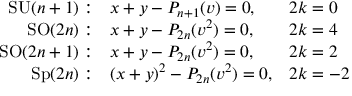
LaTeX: \begin{array} { r l l } { { \mathrm { S U } ( n + 1 ) : } } & { { x + y - P _ { n + 1 } ( v ) = 0 , } } & { { 2 k = 0 } } \\ { { \mathrm { S O } ( 2 n ) : } } & { { x + y - P _ { 2 n } ( v ^ { 2 } ) = 0 , } } & { { 2 k = 4 } } \\ { { \mathrm { S O } ( 2 n + 1 ) : } } & { { x + y - P _ { 2 n } ( v ^ { 2 } ) = 0 , } } & { { 2 k = 2 } } \\ { { \mathrm { S p } ( 2 n ) : } } & { { ( x + y ) ^ { 2 } - P _ { 2 n } ( v ^ { 2 } ) = 0 , } } & { { 2 k = - 2 } } \end{array}